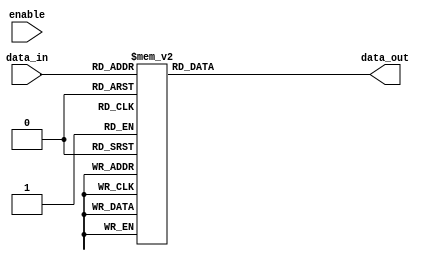
`timescale 1ns / 1ps
//////////////////////////////////////////////////////////////////////////////////
// Company: 
// Engineer: 
// 
// Design Name: 
// Module Name: SBox_lookup_table
// Project Name: 
// Target Devices: 
// Tool Versions: 
// Description: 
// 
// Dependencies: 
// 
// Revision:
// Revision 0.01 - File Created
// Additional Comments:
// 
//////////////////////////////////////////////////////////////////////////////////


module SBox_lookup_table(data_in, enable, data_out);

    input [7:0] data_in;
    input enable;
    output reg [7:0] data_out;

    always @(enable) begin
        case(data_in)
            8'b00000000: data_out <= 8'h63;
            8'b00000001: data_out <= 8'h7c;
            8'b00000010: data_out <= 8'h77;
            8'b00000011: data_out <= 8'h7b;
            8'b00000100: data_out <= 8'hf2;
            8'b00000101: data_out <= 8'h6b;
            8'b00000110: data_out <= 8'h6f;
            8'b00000111: data_out <= 8'hc5;
            8'b00001000: data_out <= 8'h30;
            8'b00001001: data_out <= 8'h01;
            8'b00001010: data_out <= 8'h67;
            8'b00001011: data_out <= 8'h2b;
            8'b00001100: data_out <= 8'hfe;
            8'b00001101: data_out <= 8'hd7;
            8'b00001110: data_out <= 8'hab;
            8'b00001111: data_out <= 8'h76;
            8'b00010000: data_out <= 8'hca;
            8'b00010001: data_out <= 8'h82;
            8'b00010010: data_out <= 8'hc9;
            8'b00010011: data_out <= 8'h7d;
            8'b00010100: data_out <= 8'hfa;
            8'b00010101: data_out <= 8'h59;
            8'b00010110: data_out <= 8'h47;
            8'b00010111: data_out <= 8'hf0;
            8'b00011000: data_out <= 8'had;
            8'b00011001: data_out <= 8'hd4;
            8'b00011010: data_out <= 8'ha2;
            8'b00011011: data_out <= 8'haf;
            8'b00011100: data_out <= 8'h9c;
            8'b00011101: data_out <= 8'ha4;
            8'b00011110: data_out <= 8'h72;
            8'b00011111: data_out <= 8'hc0;
            8'b00100000: data_out <= 8'hb7;
            8'b00100001: data_out <= 8'hfd;
            8'b00100010: data_out <= 8'h93;
            8'b00100011: data_out <= 8'h26;
            8'b00100100: data_out <= 8'h36;
            8'b00100101: data_out <= 8'h3f;
            8'b00100110: data_out <= 8'hf7;
            8'b00100111: data_out <= 8'hcc;
            8'b00101000: data_out <= 8'h34;
            8'b00101001: data_out <= 8'ha5;
            8'b00101010: data_out <= 8'he5;
            8'b00101011: data_out <= 8'hf1;
            8'b00101100: data_out <= 8'h71;
            8'b00101101: data_out <= 8'hd8;
            8'b00101110: data_out <= 8'h31;
            8'b00101111: data_out <= 8'h15;
            8'b00110000: data_out <= 8'h04;
            8'b00110001: data_out <= 8'hc7;
            8'b00110010: data_out <= 8'h23;
            8'b00110011: data_out <= 8'hc3;
            8'b00110100: data_out <= 8'h18;
            8'b00110101: data_out <= 8'h96;
            8'b00110110: data_out <= 8'h05;
            8'b00110111: data_out <= 8'h9a;
            8'b00111000: data_out <= 8'h07;
            8'b00111001: data_out <= 8'h12;
            8'b00111010: data_out <= 8'h80;
            8'b00111011: data_out <= 8'he2;
            8'b00111100: data_out <= 8'heb;
            8'b00111101: data_out <= 8'h27;
            8'b00111110: data_out <= 8'hb2;
            8'b00111111: data_out <= 8'h75;
            8'b01000000: data_out <= 8'h09;
            8'b01000001: data_out <= 8'h83;
            8'b01000010: data_out <= 8'h2c;
            8'b01000011: data_out <= 8'h1a;
            8'b01000100: data_out <= 8'h1b;
            8'b01000101: data_out <= 8'h6e;
            8'b01000110: data_out <= 8'h5a;
            8'b01000111: data_out <= 8'ha0;
            8'b01001000: data_out <= 8'h52;
            8'b01001001: data_out <= 8'h3b;
            8'b01001010: data_out <= 8'hd6;
            8'b01001011: data_out <= 8'hb3;
            8'b01001100: data_out <= 8'h29;
            8'b01001101: data_out <= 8'he3;
            8'b01001110: data_out <= 8'h2f;
            8'b01001111: data_out <= 8'h84;
            8'b01010000: data_out <= 8'h53;
            8'b01010001: data_out <= 8'hd1;
            8'b01010010: data_out <= 8'h00;
            8'b01010011: data_out <= 8'hed;
            8'b01010100: data_out <= 8'h20;
            8'b01010101: data_out <= 8'hfc;
            8'b01010110: data_out <= 8'hb1;
            8'b01010111: data_out <= 8'h5b;
            8'b01011000: data_out <= 8'h6a;
            8'b01011001: data_out <= 8'hcb;
            8'b01011010: data_out <= 8'hbe;
            8'b01011011: data_out <= 8'h39;
            8'b01011100: data_out <= 8'h4a;
            8'b01011101: data_out <= 8'h4c;
            8'b01011110: data_out <= 8'h58;
            8'b01011111: data_out <= 8'hcf;
            8'b01100000: data_out <= 8'hd0;
            8'b01100001: data_out <= 8'hef;
            8'b01100010: data_out <= 8'haa;
            8'b01100011: data_out <= 8'hfb;
            8'b01100100: data_out <= 8'h43;
            8'b01100101: data_out <= 8'h4d;
            8'b01100110: data_out <= 8'h33;
            8'b01100111: data_out <= 8'h85;
            8'b01101000: data_out <= 8'h45;
            8'b01101001: data_out <= 8'hf9;
            8'b01101010: data_out <= 8'h02;
            8'b01101011: data_out <= 8'h7f;
            8'b01101100: data_out <= 8'h50;
            8'b01101101: data_out <= 8'h3c;
            8'b01101110: data_out <= 8'h9f;
            8'b01101111: data_out <= 8'ha8;
            8'b01110000: data_out <= 8'h51;
            8'b01110001: data_out <= 8'ha3;
            8'b01110010: data_out <= 8'h40;
            8'b01110011: data_out <= 8'h8f;
            8'b01110100: data_out <= 8'h92;
            8'b01110101: data_out <= 8'h9d;
            8'b01110110: data_out <= 8'h38;
            8'b01110111: data_out <= 8'hf5;
            8'b01111000: data_out <= 8'hbc;
            8'b01111001: data_out <= 8'hb6;
            8'b01111010: data_out <= 8'hda;
            8'b01111011: data_out <= 8'h21;
            8'b01111100: data_out <= 8'h10;
            8'b01111101: data_out <= 8'hff;
            8'b01111110: data_out <= 8'hf3;
            8'b01111111: data_out <= 8'hd2;
            8'b10000000: data_out <= 8'hcd;
            8'b10000001: data_out <= 8'h0c;
            8'b10000010: data_out <= 8'h13;
            8'b10000011: data_out <= 8'hec;
            8'b10000100: data_out <= 8'h5f;
            8'b10000101: data_out <= 8'h97;
            8'b10000110: data_out <= 8'h44;
            8'b10000111: data_out <= 8'h17;
            8'b10001000: data_out <= 8'hc4;
            8'b10001001: data_out <= 8'ha7;
            8'b10001010: data_out <= 8'h7e;
            8'b10001011: data_out <= 8'h3d;
            8'b10001100: data_out <= 8'h64;
            8'b10001101: data_out <= 8'h5d;
            8'b10001110: data_out <= 8'h19;
            8'b10001111: data_out <= 8'h73;
            8'b10010000: data_out <= 8'h60;
            8'b10010001: data_out <= 8'h81;
            8'b10010010: data_out <= 8'h4f;
            8'b10010011: data_out <= 8'hdc;
            8'b10010100: data_out <= 8'h22;
            8'b10010101: data_out <= 8'h2a;
            8'b10010110: data_out <= 8'h90;
            8'b10010111: data_out <= 8'h88;
            8'b10011000: data_out <= 8'h46;
            8'b10011001: data_out <= 8'hee;
            8'b10011010: data_out <= 8'hb8;
            8'b10011011: data_out <= 8'h14;
            8'b10011100: data_out <= 8'hde;
            8'b10011101: data_out <= 8'h5e;
            8'b10011110: data_out <= 8'h0b;
            8'b10011111: data_out <= 8'hdb;
            8'b10100000: data_out <= 8'he0;
            8'b10100001: data_out <= 8'h32;
            8'b10100010: data_out <= 8'h3a;
            8'b10100011: data_out <= 8'h0a;
            8'b10100100: data_out <= 8'h49;
            8'b10100101: data_out <= 8'h06;
            8'b10100110: data_out <= 8'h24;
            8'b10100111: data_out <= 8'h5c;
            8'b10101000: data_out <= 8'hc2;
            8'b10101001: data_out <= 8'hd3;
            8'b10101010: data_out <= 8'hac;
            8'b10101011: data_out <= 8'h62;
            8'b10101100: data_out <= 8'h91;
            8'b10101101: data_out <= 8'h95;
            8'b10101110: data_out <= 8'he4;
            8'b10101111: data_out <= 8'h79;
            8'b10110000: data_out <= 8'he7;
            8'b10110001: data_out <= 8'hc8;
            8'b10110010: data_out <= 8'h37;
            8'b10110011: data_out <= 8'h6d;
            8'b10110100: data_out <= 8'h8d;
            8'b10110101: data_out <= 8'hd5;
            8'b10110110: data_out <= 8'h4e;
            8'b10110111: data_out <= 8'ha9;
            8'b10111000: data_out <= 8'h6c;
            8'b10111001: data_out <= 8'h56;
            8'b10111010: data_out <= 8'hf4;
            8'b10111011: data_out <= 8'hea;
            8'b10111100: data_out <= 8'h65;
            8'b10111101: data_out <= 8'h7a;
            8'b10111110: data_out <= 8'hae;
            8'b10111111: data_out <= 8'h08;
            8'b11000000: data_out <= 8'hba;
            8'b11000001: data_out <= 8'h78;
            8'b11000010: data_out <= 8'h25;
            8'b11000011: data_out <= 8'h2e;
            8'b11000100: data_out <= 8'h1c;
            8'b11000101: data_out <= 8'ha6;
            8'b11000110: data_out <= 8'hb4;
            8'b11000111: data_out <= 8'hc6;
            8'b11001000: data_out <= 8'he8;
            8'b11001001: data_out <= 8'hdd;
            8'b11001010: data_out <= 8'h74;
            8'b11001011: data_out <= 8'h1f;
            8'b11001100: data_out <= 8'h4b;
            8'b11001101: data_out <= 8'hbd;
            8'b11001110: data_out <= 8'h8b;
            8'b11001111: data_out <= 8'h8a;
            8'b11010000: data_out <= 8'h70;
            8'b11010001: data_out <= 8'h3e;
            8'b11010010: data_out <= 8'hb5;
            8'b11010011: data_out <= 8'h66;
            8'b11010100: data_out <= 8'h48;
            8'b11010101: data_out <= 8'h03;
            8'b11010110: data_out <= 8'hf6;
            8'b11010111: data_out <= 8'h0e;
            8'b11011000: data_out <= 8'h61;
            8'b11011001: data_out <= 8'h35;
            8'b11011010: data_out <= 8'h57;
            8'b11011011: data_out <= 8'hb9;
            8'b11011100: data_out <= 8'h86;
            8'b11011101: data_out <= 8'hc1;
            8'b11011110: data_out <= 8'h1d;
            8'b11011111: data_out <= 8'h9e;
            8'b11100000: data_out <= 8'he1;
            8'b11100001: data_out <= 8'hf8;
            8'b11100010: data_out <= 8'h98;
            8'b11100011: data_out <= 8'h11;
            8'b11100100: data_out <= 8'h69;
            8'b11100101: data_out <= 8'hd9;
            8'b11100110: data_out <= 8'h8e;
            8'b11100111: data_out <= 8'h94;
            8'b11101000: data_out <= 8'h9b;
            8'b11101001: data_out <= 8'h1e;
            8'b11101010: data_out <= 8'h87;
            8'b11101011: data_out <= 8'he9;
            8'b11101100: data_out <= 8'hce;
            8'b11101101: data_out <= 8'h55;
            8'b11101110: data_out <= 8'h28;
            8'b11101111: data_out <= 8'hdf;
            8'b11110000: data_out <= 8'h8c;
            8'b11110001: data_out <= 8'ha1;
            8'b11110010: data_out <= 8'h89;
            8'b11110011: data_out <= 8'h0d;
            8'b11110100: data_out <= 8'hbf;
            8'b11110101: data_out <= 8'he6;
            8'b11110110: data_out <= 8'h42;
            8'b11110111: data_out <= 8'h68;
            8'b11111000: data_out <= 8'h41;
            8'b11111001: data_out <= 8'h99;
            8'b11111010: data_out <= 8'h2d;
            8'b11111011: data_out <= 8'h0f;
            8'b11111100: data_out <= 8'hb0;
            8'b11111101: data_out <= 8'h54;
            8'b11111110: data_out <= 8'hbb;
            8'b11111111: data_out <= 8'h16;
            
            default: data_out <= 0;
        endcase
    end 
endmodule